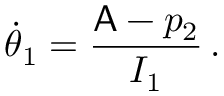
\dot { \theta } _ { 1 } = \frac { \mathsf { A } - p _ { 2 } } { I _ { 1 } } \, .